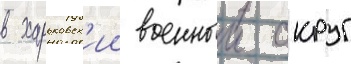
в харьковск'ии военныи округ